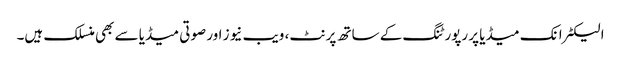
الیکٹرانک میڈیا پر رپورٹنگ کے ساتھ پرنٹ، ویب نیوز اور صوتی میڈیا سے بھی منسلک ہیں۔